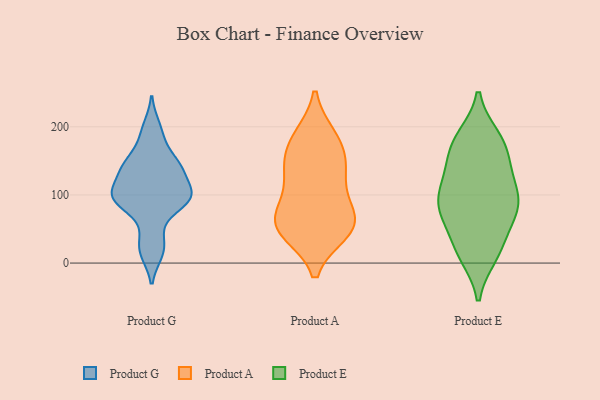
{"axis": {"x": "Revenue (USD Million)", "y": "Value"}, "legend": ["Product A", "Product E", "Product G"], "data": [{"x": "", "y": 88, "type": "Product G"}, {"x": "", "y": 183, "type": "Product G"}, {"x": "", "y": 43, "type": "Product G"}, {"x": "", "y": 111, "type": "Product G"}, {"x": "", "y": 96, "type": "Product G"}, {"x": "", "y": 139, "type": "Product G"}, {"x": "", "y": 85, "type": "Product G"}, {"x": "", "y": 101, "type": "Product G"}, {"x": "", "y": 139, "type": "Product G"}, {"x": "", "y": 139, "type": "Product G"}, {"x": "", "y": 200, "type": "Product G"}, {"x": "", "y": 98, "type": "Product G"}, {"x": "", "y": 94, "type": "Product G"}, {"x": "", "y": 141, "type": "Product G"}, {"x": "", "y": 101, "type": "Product G"}, {"x": "", "y": 19, "type": "Product G"}, {"x": "", "y": 15, "type": "Product G"}, {"x": "", "y": 152, "type": "Product G"}, {"x": "", "y": 120, "type": "Product A"}, {"x": "", "y": 47, "type": "Product A"}, {"x": "", "y": 45, "type": "Product A"}, {"x": "", "y": 186, "type": "Product A"}, {"x": "", "y": 66, "type": "Product A"}, {"x": "", "y": 54, "type": "Product A"}, {"x": "", "y": 81, "type": "Product A"}, {"x": "", "y": 145, "type": "Product A"}, {"x": "", "y": 89, "type": "Product A"}, {"x": "", "y": 138, "type": "Product A"}, {"x": "", "y": 174, "type": "Product A"}, {"x": "", "y": 47, "type": "Product A"}, {"x": "", "y": 57, "type": "Product A"}, {"x": "", "y": 142, "type": "Product A"}, {"x": "", "y": 186, "type": "Product A"}, {"x": "", "y": 22, "type": "Product E"}, {"x": "", "y": 68, "type": "Product E"}, {"x": "", "y": 90, "type": "Product E"}, {"x": "", "y": 156, "type": "Product E"}, {"x": "", "y": 131, "type": "Product E"}, {"x": "", "y": 100, "type": "Product E"}, {"x": "", "y": 30, "type": "Product E"}, {"x": "", "y": 82, "type": "Product E"}, {"x": "", "y": 82, "type": "Product E"}, {"x": "", "y": 12, "type": "Product E"}, {"x": "", "y": 177, "type": "Product E"}, {"x": "", "y": 183, "type": "Product E"}, {"x": "", "y": 82, "type": "Product E"}, {"x": "", "y": 14, "type": "Product E"}, {"x": "", "y": 115, "type": "Product E"}, {"x": "", "y": 165, "type": "Product E"}, {"x": "", "y": 130, "type": "Product E"}, {"x": "", "y": 184, "type": "Product E"}, {"x": "", "y": 76, "type": "Product E"}]}